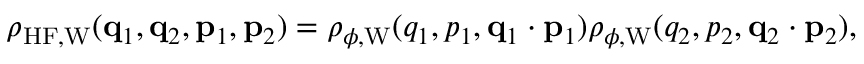
\begin{array} { r } { \rho _ { \mathrm { H F } , \mathrm { W } } ( \ensuremath { \mathbf { q } } _ { 1 } , \ensuremath { \mathbf { q } } _ { 2 } , \ensuremath { \mathbf { p } } _ { 1 } , \ensuremath { \mathbf { p } } _ { 2 } ) = \rho _ { \phi , \mathrm { W } } ( q _ { 1 } , p _ { 1 } , \ensuremath { \mathbf { q } } _ { 1 } \cdot \ensuremath { \mathbf { p } } _ { 1 } ) \rho _ { \phi , \mathrm { W } } ( q _ { 2 } , p _ { 2 } , \ensuremath { \mathbf { q } } _ { 2 } \cdot \ensuremath { \mathbf { p } } _ { 2 } ) , } \end{array}